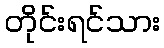
တိုင်းရင်သား